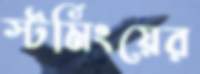
স্টর্মিংয়ের